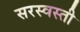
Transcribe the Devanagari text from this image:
सरस्वस्ती